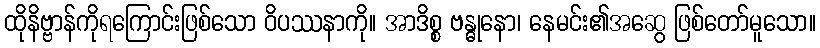
ထိုနိဗ္ဗာန်ကိုရကြောင်းဖြစ်သော ဝိပဿနာကို။ အာဒိစ္စ ဗန္ဓုနော၊ နေမင်း၏အဆွေ ဖြစ်တော်မူသော။